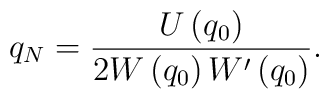
q_{N}=\frac{U\left( q_{0}\right) }{2W\left( q_{0}\right) W^{\prime }\left(q_{0}\right) }  .